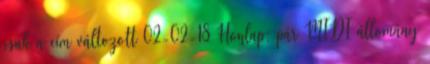
csak a cím változott 02-02-18 Honlap: pár MIDI állomány